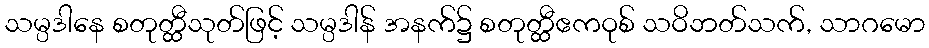
သမ္ပဒါနေ စတုတ္ထီသုတ်ဖြင့် သမ္ပဒါန် အနက်၌ စတုတ္ထီဧကဝုစ် သဝိဘတ်သက်, သာဂမော